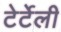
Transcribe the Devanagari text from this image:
टेर्टेली